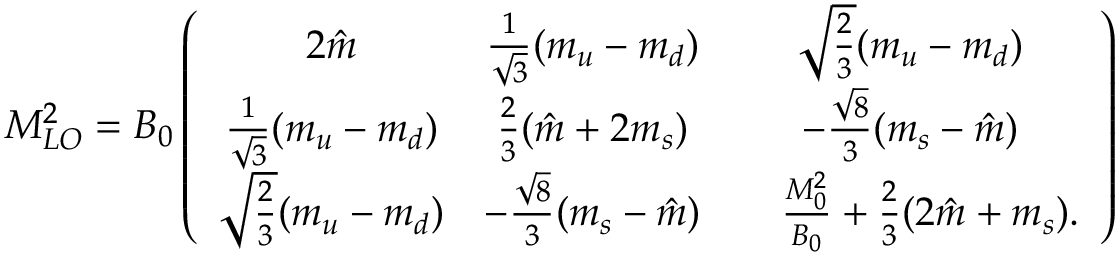
M _ { L O } ^ { 2 } = B _ { 0 } \left( \begin{array} { c c c } { { 2 \hat { m } } } & { { \frac { 1 } { \sqrt { 3 } } ( m _ { u } - m _ { d } ) } } & { { \sqrt { \frac { 2 } { 3 } } ( m _ { u } - m _ { d } ) } } \\ { { \frac { 1 } { \sqrt { 3 } } ( m _ { u } - m _ { d } ) } } & { { \frac { 2 } { 3 } ( \hat { m } + 2 m _ { s } ) } } & { { - \frac { \sqrt { 8 } } { 3 } ( m _ { s } - \hat { m } ) } } \\ { { \sqrt { \frac { 2 } { 3 } } ( m _ { u } - m _ { d } ) } } & { { - \frac { \sqrt { 8 } } { 3 } ( m _ { s } - \hat { m } ) } } & { { ~ ~ ~ \frac { M _ { 0 } ^ { 2 } } { B _ { 0 } } + \frac { 2 } { 3 } ( 2 \hat { m } + m _ { s } ) . } } \end{array} \right)